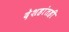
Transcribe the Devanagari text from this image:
देशहांतही